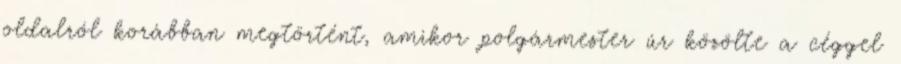
oldalról korábban megtörtént, amikor polgármester úr közölte a céggel